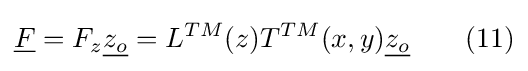
{\underline {F}}=F_{z}{\underline {z_{o}}}=L^{TM}(z)T^{TM}(x,y){\underline {z_{o}}}\ \ \ \ \ \ (11)